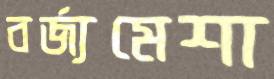
বর্জ্যমেশা